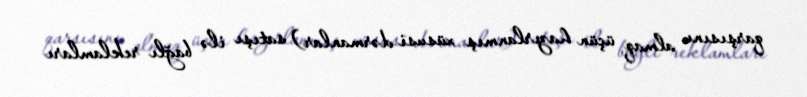
qarşısını almaq üçün hazırlanmış xüsusi dərmanlar) satışı ilə bağlı reklamları